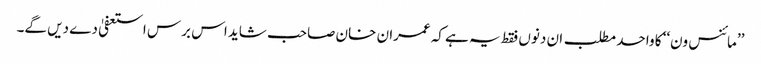
’’مائنس ون‘‘ کا واحد مطلب ان دنوں فقط یہ ہے کہ عمران خان صاحب شاید اس برس استعفیٰ دے دیں گے۔